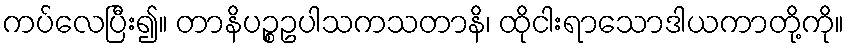
ကပ်လေပြီး၍။ တာနိပဉ္စဥပါသကသတာနိ၊ ထိုငါးရာသောဒါယကာတို့ကို။